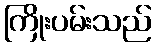
ကြိုးပမ်းသည်